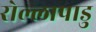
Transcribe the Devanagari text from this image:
रोल्लापाडु